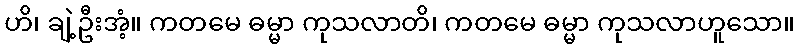
ဟိ၊ ချဲ့ဦးအံ့။ ကတမေ ဓမ္မာ ကုသလာတိ၊ ကတမေ ဓမ္မာ ကုသလာဟူသော။